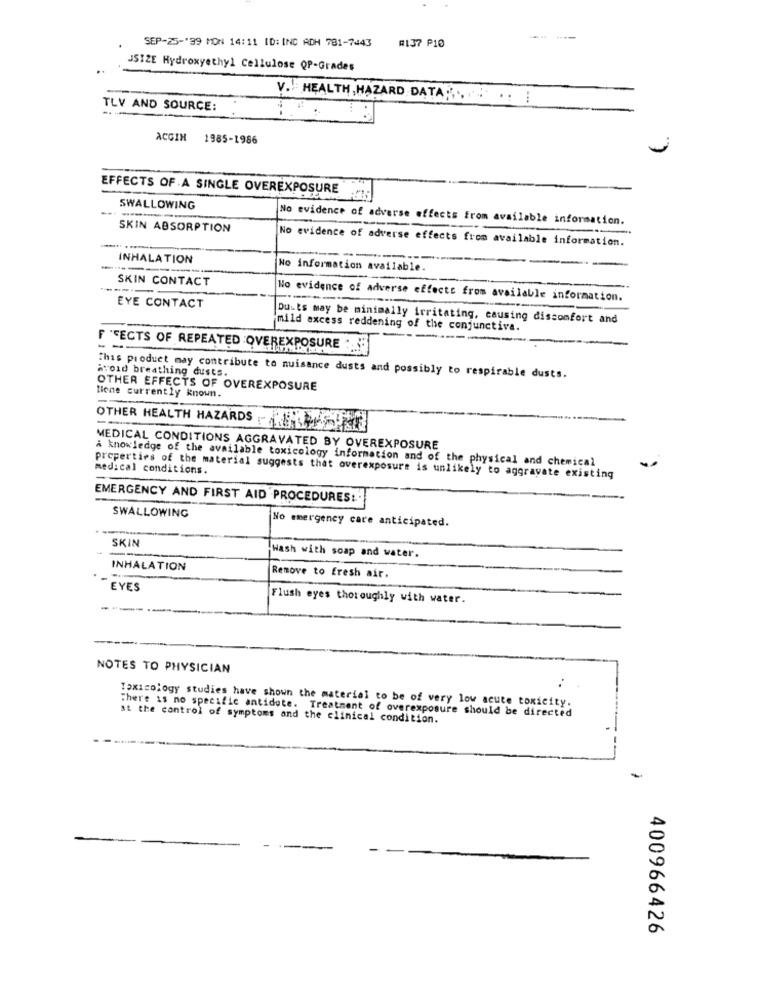
SEP-25-"99 MON 14:11 ID: INC ADH 781-7443
#137 P10
JSIZE Hydroxyethyl Cellulose QP-Grades
V. HEALTH , HAZARD DATA ;... . .. !
TLV AND SOURCE:
ACCIN 1985-1986
EFFECTS OF A SINGLE OVEREXPOSURE
SWALLOWING
-
No evidence of adverse effects from available information.
SKIN ABSORPTION
-
No evidence of adverse effects from available information.
INHALATION
-- --
No information available.
SKIN CONTACT
--.
No evidence of adverse effects from available information.
EYE CONTACT
Duits may be minimally irritating, causing discomfort and
mild excess reddening of the conjunctiva.
---
---
F 'FECTS OF REPEATED OVEREXPOSURE :
avoid breathing dusts.
This product may contribute to nuisance dusts and possibly to respirable dusts.
OTHER EFFECTS OF OVEREXPOSURE
liene currently known.
--
OTHER HEALTH HAZARDS
MEDICAL CONDITIONS AGGRAVATED BY OVEREXPOSURE
å knowledge of the available toxicology information and of the physical and chemical
..
medical conditions.
properties of the material suggests that overexposure is unlikely to aggravate existing
EMERGENCY AND FIRST AID PROCEDURES :-
SWALLOWING
No emergency care anticipated.
SKIN
Wash with soap and water.
INHALATION
Remove to fresh air.
EYES
Flush eyes thoroughly with water.
NOTES TO PHYSICIAN
Toxicology studies have shown the material to be of very low acute toxicity.
There is no specific antidote. Treatment of overexposure should be directed
st the control of symptoms and the clinical condition.
-
400966426